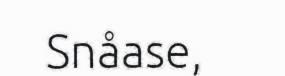
Snåase,